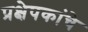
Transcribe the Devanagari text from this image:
प्रक्षेपकांचे